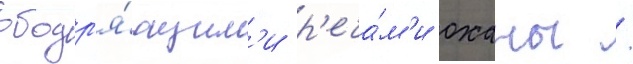
ободр'я́ющим'и р'еча́м'и оханы /